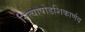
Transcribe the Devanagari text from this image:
नित्याषोडशिकार्णव